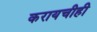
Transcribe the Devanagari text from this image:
करायचीही